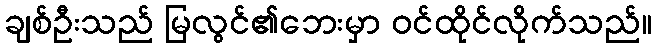
ချစ်ဦးသည် မြလွင်၏ဘေးမှာ ဝင်ထိုင်လိုက်သည်။